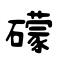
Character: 礞